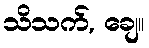
သိသက်, ချေ။